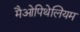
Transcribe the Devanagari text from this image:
मैओपिथेलियम